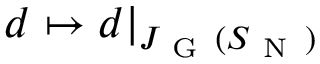
d \mapsto d \vert _ { J _ { \mathrm { ~ G ~ } } ( S _ { \mathrm { ~ N ~ } } ) }